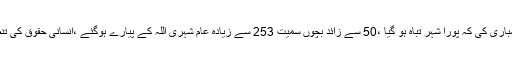
22؍اپریل کے بعد سے اسد رجیم کی فوجیوں نے حلب شہر پر اس قدر وحشیانہ بمباری کی کہ پورا شہر تباہ ہو گیا ،50 سے زائد بچوں سمیت 253 سے زیادہ عام شہری اللہ کے پیارے ہوگئے ،انسانی حقوق کی تنظیم’’آبزرویٹری،، کا کہنا ہے کہ ہلاکتوں کا بڑا سبب بیرل بموں کا استعمال ہے ۔